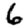
Digit: 6